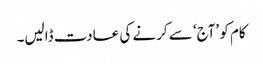
کام کو ’آج‘ سے کرنے کی عادت ڈالیں۔